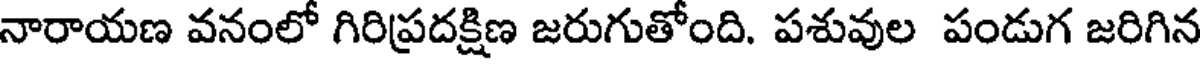
నారాయణ వనంలో గిరిప్రదక్షిణ జరుగుతోంది. పశువుల పండుగ జరిగిన